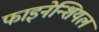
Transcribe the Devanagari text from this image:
फाइनेन्शियल